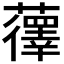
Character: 𫊏